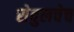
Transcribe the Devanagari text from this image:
सेवुलचेच